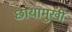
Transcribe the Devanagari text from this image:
छायामुखी